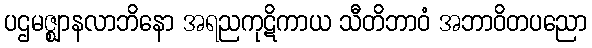
ပဌမဇ္ဈာနလာဘိနော အရညကုဋိကာယ သီတိဘာဝံ အဘာဝိတပညော